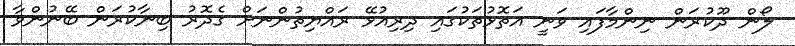
ލޯން ދޫކުރަން ނިންމާފައި ވަނީ އަތޮޅުތަކުގައި ދިރިއުޅޭ ރައްޔިތުންނަށް ގެދޮރު ބިނާކުރަން ބޭނުންވާ